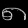
Digit: ၈